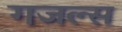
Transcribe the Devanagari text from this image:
गजल्स